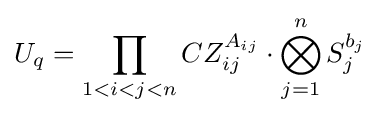
U_{q}=\prod _{1<i<j<n}CZ_{ij}^{A_{ij}}\cdot \bigotimes _{j=1}^{n}S_{j}^{b_{j}}